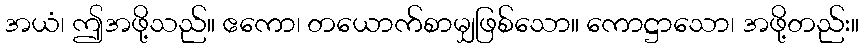
အယံ၊ ဤအဖို့သည်။ ဧကော၊ တယောက်စာမျှဖြစ်သော။ ကောဋ္ဌာသော၊ အဖို့တည်း။